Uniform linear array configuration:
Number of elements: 24
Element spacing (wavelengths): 1
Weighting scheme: kaiser
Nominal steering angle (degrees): -30
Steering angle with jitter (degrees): -29.347
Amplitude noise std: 0.05
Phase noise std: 0.05

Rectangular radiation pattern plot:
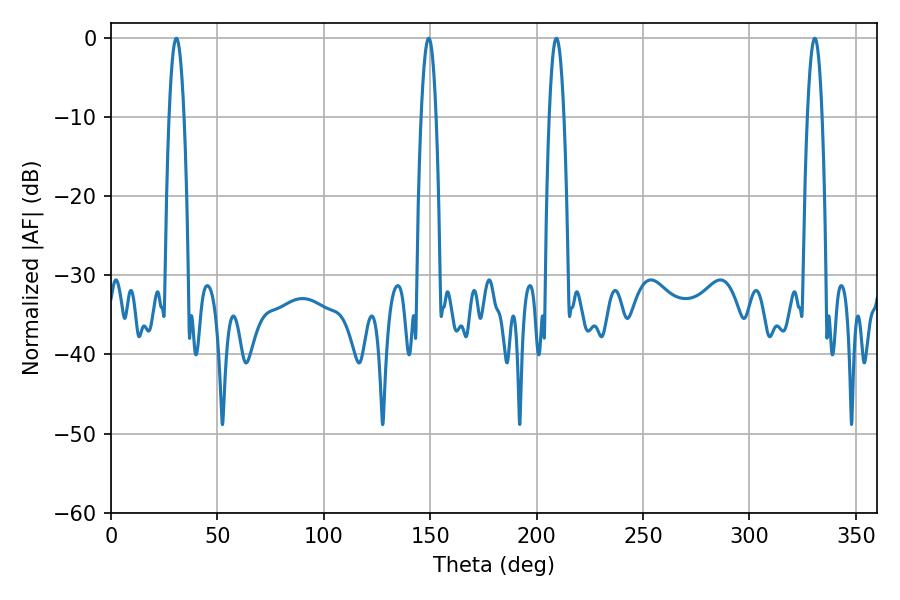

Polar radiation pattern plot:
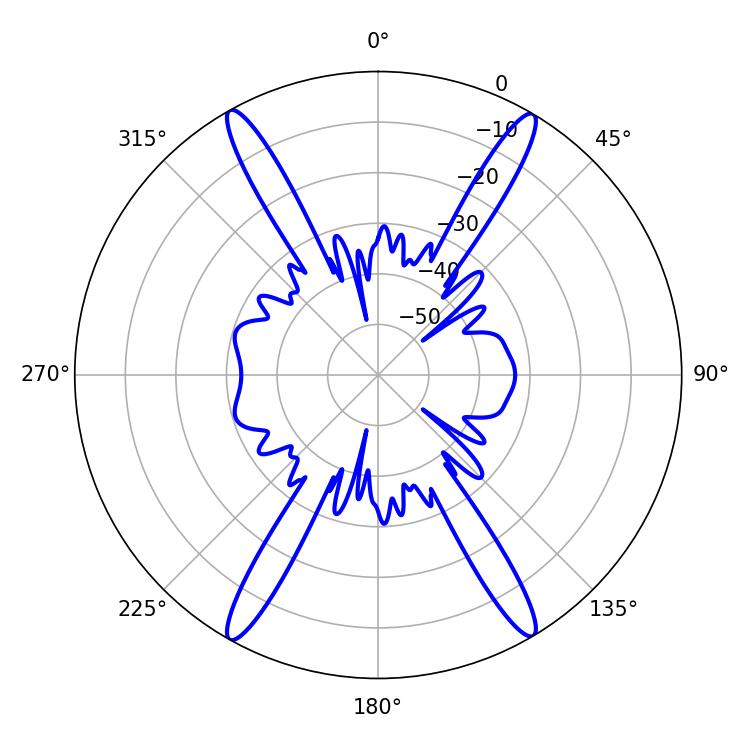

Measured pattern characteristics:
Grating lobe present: TRUE
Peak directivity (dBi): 27.143
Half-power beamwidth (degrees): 3.78
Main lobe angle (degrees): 330.66